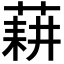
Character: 𦷂